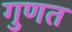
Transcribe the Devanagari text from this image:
गुणत